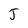
Character: J